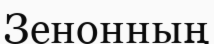
Зенонның